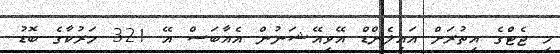
މި ޖެޓްގެ އިތުރަށް އައިލެންޑް އޭވިއޭޝަނުން އެއާބަސް އޭ 321 މަރުކާގެ ބޮޑު